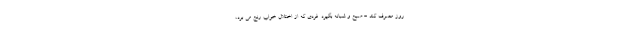
روز مصرف کند - صبح و شبانه بگیرد. فردی که از اختلال خواب رنج می برد،